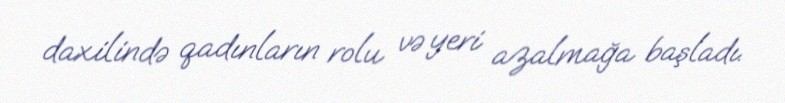
daxilində qadınların rolu və yeri azalmağa başladı.